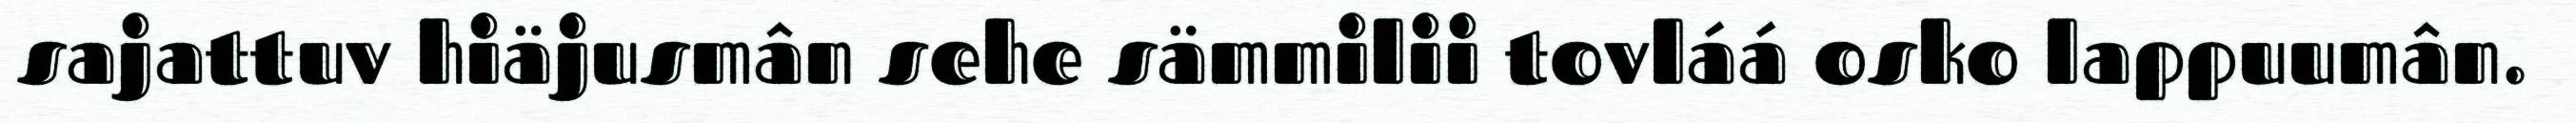
sajattuv hiäjusmân sehe sämmilii tovláá osko lappuumân.